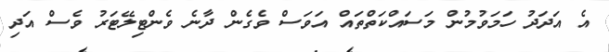
އެ އަދަދު ހަމަވުމުން މަސައްކަތްތައް އަވަސް ވެގެން ދާނެ ވެންޓިލޭޓަރު ވެސް އަދި